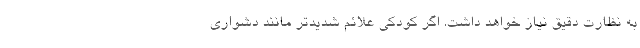
به نظارت دقیق نیاز خواهد داشت. اگر کودکی علائم شدیدتر مانند دشواری